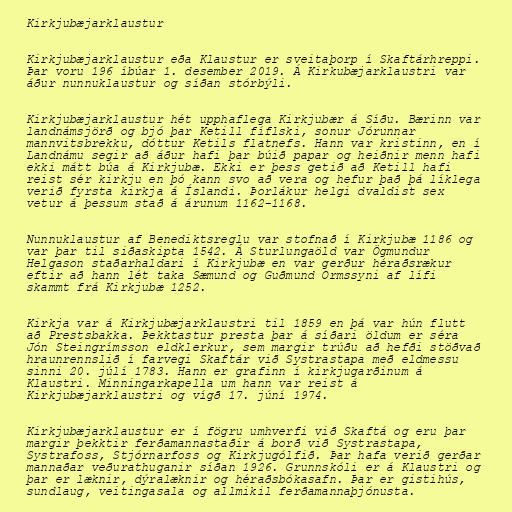
Kirkjubæjarklaustur

Kirkjubæjarklaustur eða Klaustur er sveitaþorp í Skaftárhreppi.
Þar voru 196 íbúar 1. desember 2019. Á Kirkubæjarklaustri var
áður nunnuklaustur og síðan stórbýli.

Kirkjubæjarklaustur hét upphaflega Kirkjubær á Síðu. Bærinn var
landnámsjörð og bjó þar Ketill fíflski, sonur Jórunnar
mannvitsbrekku, dóttur Ketils flatnefs. Hann var kristinn, en í
Landnámu segir að áður hafi þar búið papar og heiðnir menn hafi
ekki mátt búa á Kirkjubæ. Ekki er þess getið að Ketill hafi
reist sér kirkju en þó kann svo að vera og hefur það þá líklega
verið fyrsta kirkja á Íslandi. Þorlákur helgi dvaldist sex
vetur á þessum stað á árunum 1162-1168.

Nunnuklaustur af Benediktsreglu var stofnað í Kirkjubæ 1186 og
var þar til siðaskipta 1542. Á Sturlungaöld var Ögmundur
Helgason staðarhaldari í Kirkjubæ en var gerður héraðsrækur
eftir að hann lét taka Sæmund og Guðmund Ormssyni af lífi
skammt frá Kirkjubæ 1252.

Kirkja var á Kirkjubæjarklaustri til 1859 en þá var hún flutt
að Prestsbakka. Þekktastur presta þar á síðari öldum er séra
Jón Steingrímsson eldklerkur, sem margir trúðu að hefði stöðvað
hraunrennslið í farvegi Skaftár við Systrastapa með eldmessu
sinni 20. júlí 1783. Hann er grafinn í kirkjugarðinum á
Klaustri. Minningarkapella um hann var reist á
Kirkjubæjarklaustri og vígð 17. júní 1974.

Kirkjubæjarklaustur er í fögru umhverfi við Skaftá og eru þar
margir þekktir ferðamannastaðir á borð við Systrastapa,
Systrafoss, Stjórnarfoss og Kirkjugólfið. Þar hafa verið gerðar
mannaðar veðurathuganir síðan 1926. Grunnskóli er á Klaustri og
þar er læknir, dýralæknir og héraðsbókasafn. Þar er gistihús,
sundlaug, veitingasala og allmikil ferðamannaþjónusta.